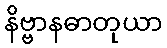
နိဗ္ဗာနဓာတုယာ